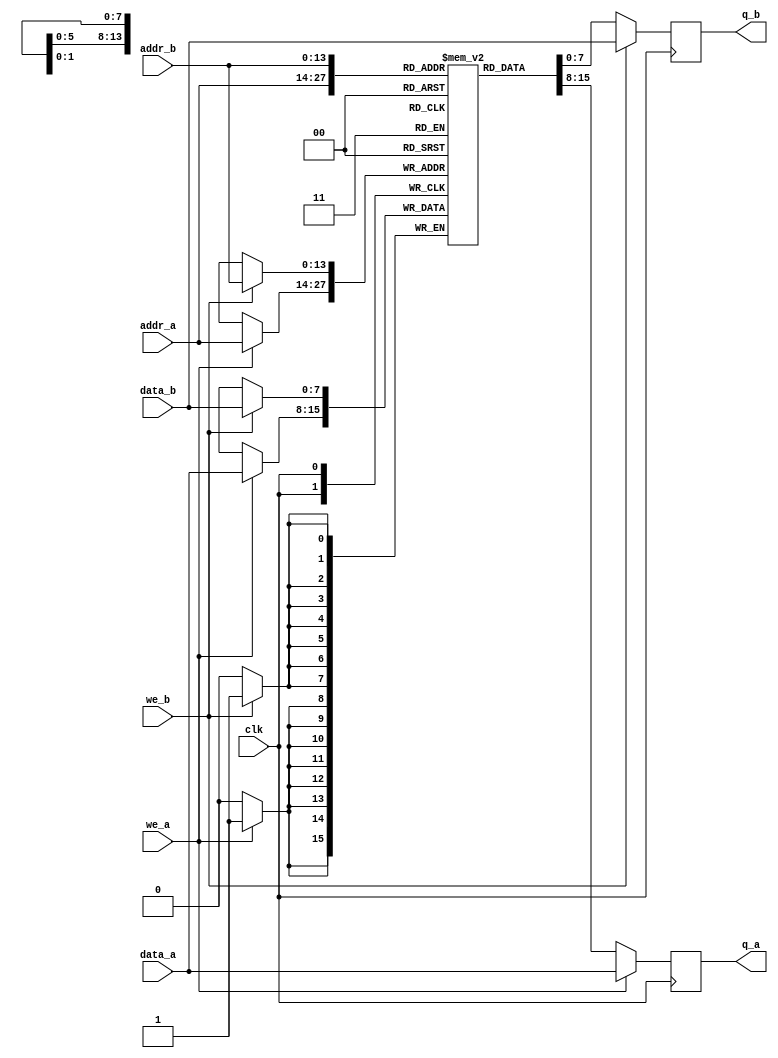
module ram (
  input [7:0] data_a, data_b,
  input [13:0] addr_a, addr_b,
  input we_a, we_b, clk,
	output reg [7:0] q_a, q_b);
	
reg [7:0] ram[16383:0];
	
always @ (posedge clk)
  if (we_a) 
  begin
    ram[addr_a] <= data_a;
    q_a <= data_a;
  end
  else
    q_a <= ram[addr_a];

always @ (posedge clk)
  if (we_b)
  begin
    ram[addr_b] <= data_b;
    q_b <= data_b;
  end
  else
    q_b <= ram[addr_b];

endmodule